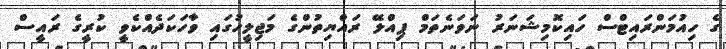
ގެ ހިއުމަންރައިޓްސް ހައިކޮމިޝަނަރު ނަވަނެތަމް ޕިއްލޭ ރައްޔިތުންގެ މަޖިލީހުގައި ވާހަކަދެއްކެވީ ކުރީގެ ރައީސް